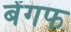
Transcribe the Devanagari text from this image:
बेंगफ